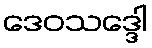
ဒေဝသဒ္ဒေါ